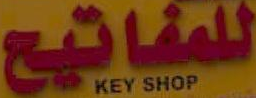
للمفاتيح